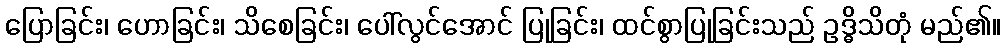
ပြောခြင်း၊ ဟောခြင်း၊ သိစေခြင်း၊ ပေါ်လွင်အောင် ပြုခြင်း၊ ထင်စွာပြုခြင်းသည် ဥဒ္ဓိသိတုံ မည်၏။